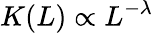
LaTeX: K(L)\propto L^{-\lambda}